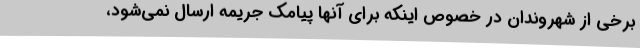
برخی از شهروندان در خصوص اینکه برای آنها پیامک جریمه ارسال نمی‌شود،